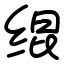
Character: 绲